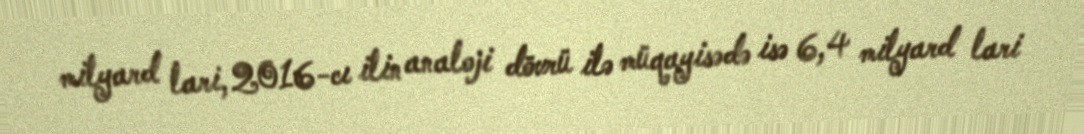
milyard lari, 2016-cı ilin analoji dövrü ilə müqayisədə isə 6,4 milyard lari